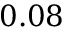
0 . 0 8